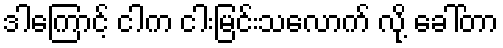
ဒါကြောင့် ငါက ငါးမြင်းသလောက် လို့ ခေါ်တာ